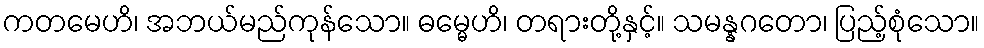
ကတမေဟိ၊ အဘယ်မည်ကုန်သော။ ဓမ္မေဟိ၊ တရားတို့နှင့်။ သမန္နဂတော၊ ပြည့်စုံသော။